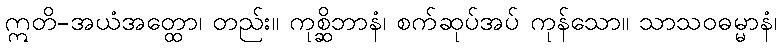
ဣတိ-အယံအတ္ထော၊ တည်း။ ကုစ္ဆိဘာနံ၊ စက်ဆုပ်အပ် ကုန်သော။ သာသဝဓမ္မာနံ၊